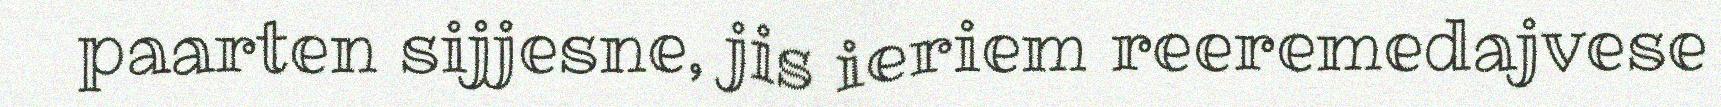
paarten sijjesne, jis ieriem reeremedajvese